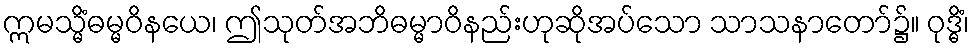
ဣမသ္မိံဓမ္မဝိနယေ၊ ဤသုတ်အဘိဓမ္မာဝိနည်းဟုဆိုအပ်သော သာသနာတော်၌။ ဝုဒ္ဓိံ၊